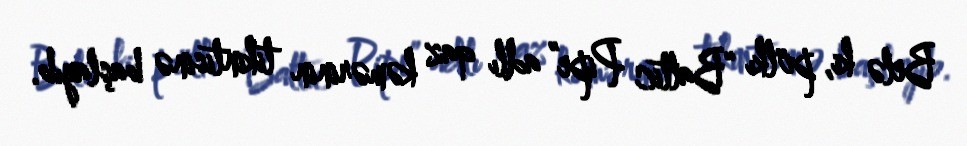
Belə ki, pölkı “Baltic Pipe” adlı qaz kəmərinin tikintisinə başlayıb.